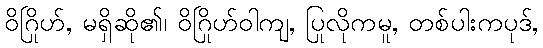
ဝိဂြိုဟ်, မရှိဆို၏၊ ဝိဂြိုဟ်ဝါကျ, ပြုလိုကမူ, တစ်ပါးကပုဒ်,